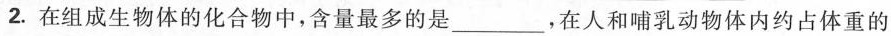
2.在组成生物体的化合物中，含量最多的是___，在人和哺乳动物体内约占体重的